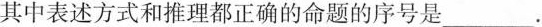
其中表述方式和推理都正确的命题的序号是___.